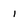
Character: 1